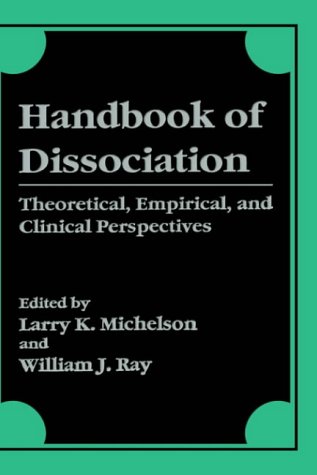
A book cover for Handbook of Dissociation: Theoretical, Empirical, and Clinical Perspectives; Health, Fitness & Dieting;